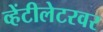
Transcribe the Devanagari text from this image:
व्हेंटीलेटरवर